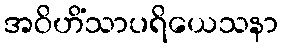
အဝိဟိံသာပရိယေသနာ